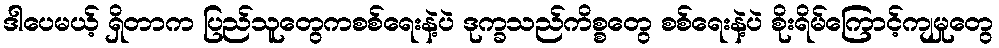
ဒါပေမယ့် ရှိတာက ပြည်သူတွေကစစ်ရေးနဲ့ပဲ ဒုက္ခသည်ကိစ္စတွေ စစ်ရေးနဲ့ပဲ စိုးရိမ်ကြောင့်ကျမှုတွေ